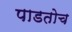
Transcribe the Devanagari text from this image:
पाडतोच